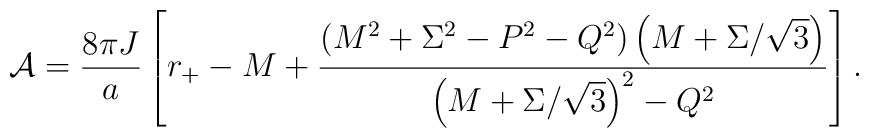
{\cal A} = {8\pi J\over a}\left[r_{+} - M +{\left(M^2+\Sigma^2-P^2-Q^2\right)\left(M+\Sigma/\sqrt{3}\right)\over\left(M+\Sigma/\sqrt{3}\right)^2-Q^2}\right].